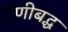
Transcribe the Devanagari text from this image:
वेणीबद्ध